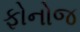
ફોનોજ